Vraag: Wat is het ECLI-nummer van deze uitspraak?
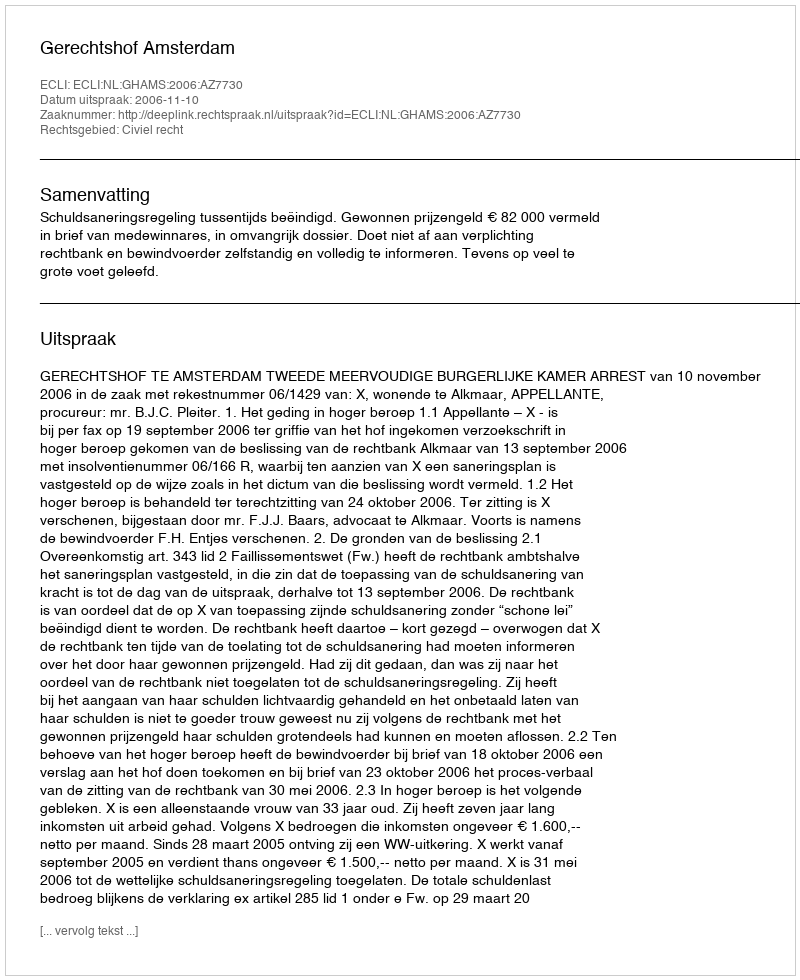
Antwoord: ECLI:NL:GHAMS:2006:AZ7730